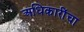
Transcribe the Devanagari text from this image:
अधिकारींचा